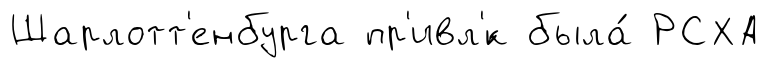
Шарлотт'енбурга пр'ивл'́к была́ РСХА